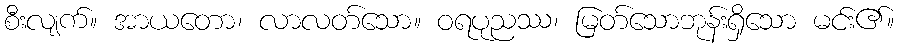
စီးလျက်။ အာယတော၊ လာလတ်သော။ ဝရပုညဿ၊ မြတ်သောဘုန်းရှိသော မင်း၏။